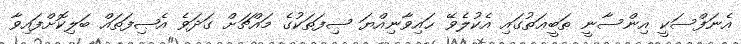
އެނަފްސަކީ އިންސާނީ ޠަބީޢަތުގައި އެކުލެވޭ ޙައިވާނިއްޔަ ޞިފަތަކުގެ މައްޗަށް ގަދަވެ އެޞިފަތައް ބަލިކޮށްފައިވާ